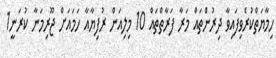
ހިމާޔަތްކުރެވިފައިވާ ދިރުންތައް މަރާ ފަރާތްތައް 10 މިލިއަން ރުފިޔާއާ ހަމައަށް ޖޫރިމަނާ ކުރަނީ1